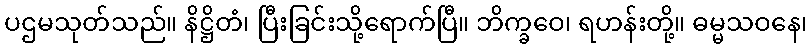
ပဌမသုတ်သည်။ နိဋ္ဌိတံ၊ ပြီးခြင်းသို့ရောက်ပြီ။ ဘိက္ခဝေ၊ ရဟန်းတို့။ ဓမ္မသဝနေ၊